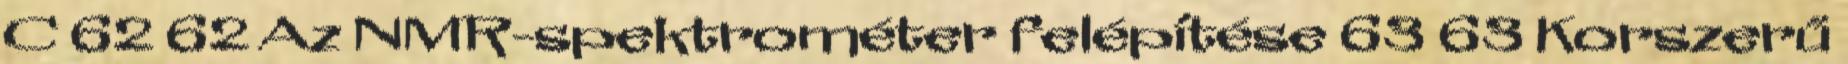
C 62 62 Az NMR-spektrométer felépítése 63 63 Korszerű